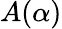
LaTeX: A(\alpha)